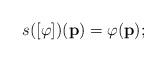
LaTeX: \begin{align*} s([\varphi])(\mathbf{p}) = \varphi(\mathbf{p});\end{align*}